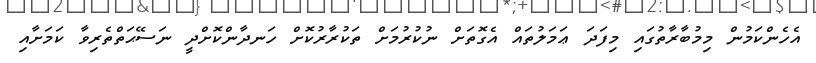
އެހެންކަމުން މިމުބާރާތުގައި މިފަދަ ޢަމަލުތައް އެގޮތަށް ނުކުރުމަށް ތަކުރާރުކޮށް ހަނދާންކޮށްދީ ނަސޭޙަތްތެރިވާ ކަމަށާއި